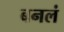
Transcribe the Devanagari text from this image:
बनलं